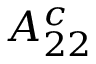
A _ { 2 2 } ^ { c }